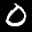
Label: 0